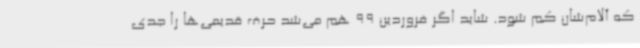
که آلام‌شان کم شود. شاید اگر فروردین 99 هم می‌شد حرف قدیمی‌ها را جدی